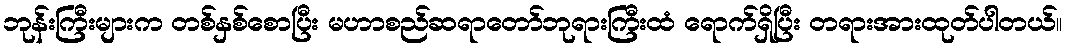
ဘုန်းကြီးများက တစ်နှစ်စောပြီး မဟာစည်ဆရာတော်ဘုရားကြီးထံ ရောက်ရှိပြီး တရားအားထုတ်ပါတယ်။